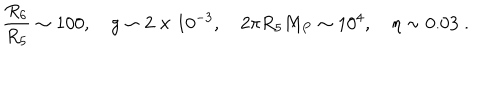
\frac { R _ { 6 } } { R _ { 5 } } \sim 1 0 0 , \quad g \sim 2 \times 1 0 ^ { - 3 } , \quad 2 \pi R _ { 5 } M _ { P } \sim 1 0 ^ { 4 } , \quad \eta \sim 0 . 0 3 \; .